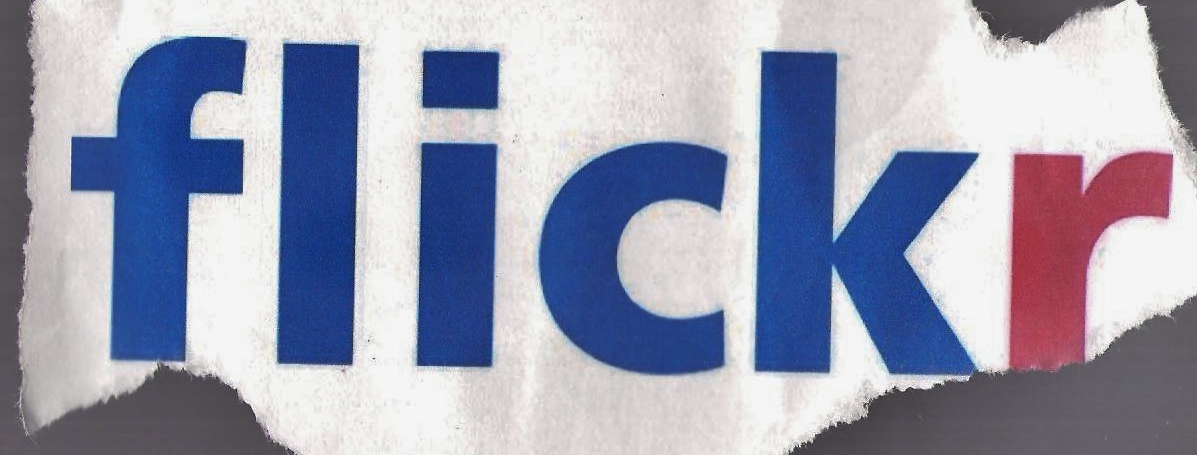
flichr